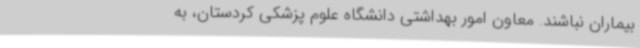
بیماران نباشند. معاون امور بهداشتی دانشگاه علوم پزشکی کردستان، به